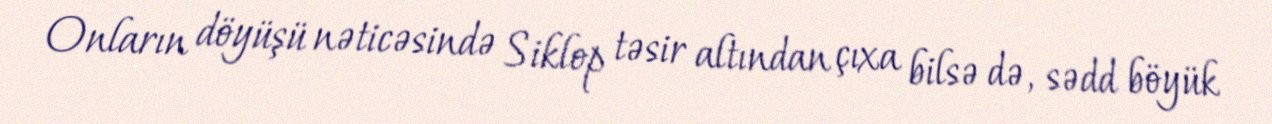
Onların döyüşü nəticəsində Siklop təsir altından çıxa bilsə də, sədd böyük